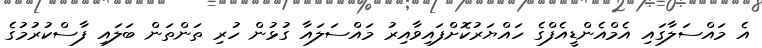
އެ މައްސަލާގައި އެމްއެންޑީއެފްގެ ހައްޔަރުކޮށްފައިވާއިރު މައްސަލައާ ގުޅުން ހުރި ތަންތަން ބަލައި ފާސްކުރުމުގެ